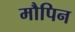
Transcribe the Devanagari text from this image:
मौपिन